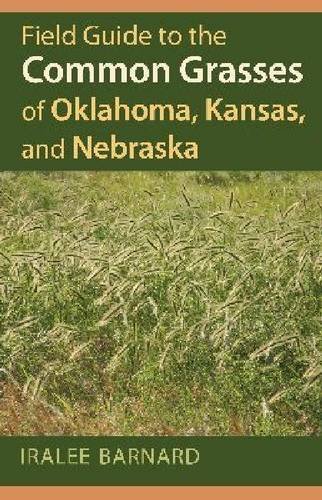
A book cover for Field Guide to the Common Grasses of Oklahoma, Kansas, and Nebraska; Iralee Barnard; Science & Math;